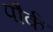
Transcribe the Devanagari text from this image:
पौर्क